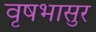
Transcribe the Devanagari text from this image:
वृषभासुर